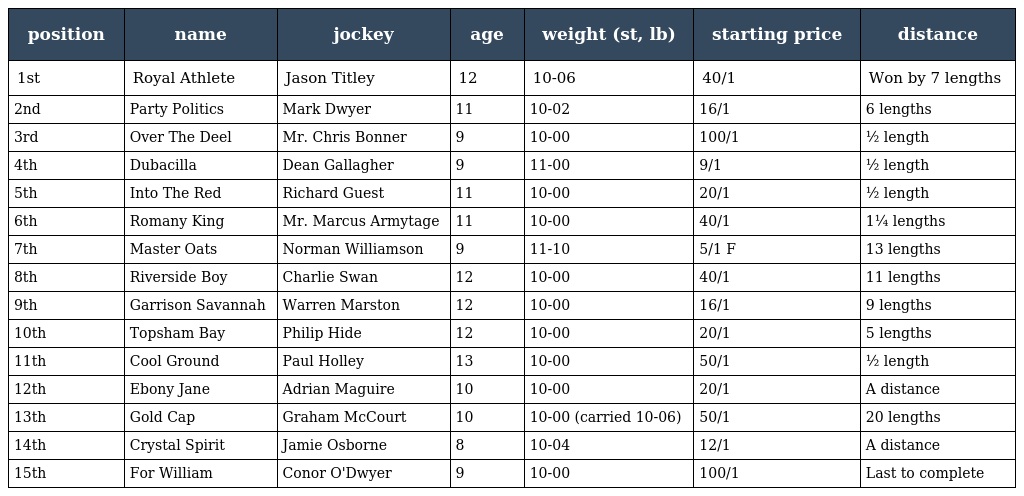
| position | name | jockey | age | weight (st, lb) | starting price | distance |
 | --- | --- | --- | --- | --- | --- | --- |
 | 1st | Royal Athlete | Jason Titley | 12 | 10-06 | 40/1 | Won by 7 lengths |
 | 2nd | Party Politics | Mark Dwyer | 11 | 10-02 | 16/1 | 6 lengths |
 | 3rd | Over The Deel | Mr. Chris Bonner | 9 | 10-00 | 100/1 | ½ length |
 | 4th | Dubacilla | Dean Gallagher | 9 | 11-00 | 9/1 | ½ length |
 | 5th | Into The Red | Richard Guest | 11 | 10-00 | 20/1 | ½ length |
 | 6th | Romany King | Mr. Marcus Armytage | 11 | 10-00 | 40/1 | 1¼ lengths |
 | 7th | Master Oats | Norman Williamson | 9 | 11-10 | 5/1 F | 13 lengths |
 | 8th | Riverside Boy | Charlie Swan | 12 | 10-00 | 40/1 | 11 lengths |
 | 9th | Garrison Savannah | Warren Marston | 12 | 10-00 | 16/1 | 9 lengths |
 | 10th | Topsham Bay | Philip Hide | 12 | 10-00 | 20/1 | 5 lengths |
 | 11th | Cool Ground | Paul Holley | 13 | 10-00 | 50/1 | ½ length |
 | 12th | Ebony Jane | Adrian Maguire | 10 | 10-00 | 20/1 | A distance |
 | 13th | Gold Cap | Graham McCourt | 10 | 10-00 (carried 10-06) | 50/1 | 20 lengths |
 | 14th | Crystal Spirit | Jamie Osborne | 8 | 10-04 | 12/1 | A distance |
 | 15th | For William | Conor O'Dwyer | 9 | 10-00 | 100/1 | Last to complete |